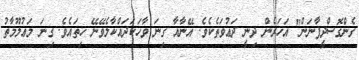
ގެންގޮސްދީފާނަން" އަހަރެން ދިނީ ދަޢުވަތެކެވެ. އޭނާއާ ގިނަ ވާހަކަދައްކާލެވޭނޭ ހިތައެވެ. ގިނަ މަޢުލޫމާތު